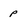
Character: P